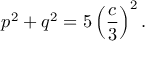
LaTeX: p ^ { 2 } + q ^ { 2 } = 5 \left( { \frac { c } { 3 } } \right) ^ { 2 } .